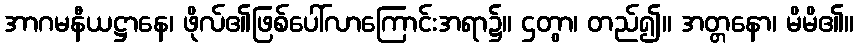
အာဂမနီယဋ္ဌာနေ၊ ဖိုလ်၏ဖြစ်ပေါ်လာကြောင်းအရာ၌။ ဌတွာ၊ တည်၍။ အတ္တနော၊ မိမိ၏။